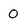
Character: 0